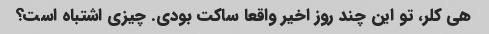
هی کلر، تو این چند روز اخیر واقعا ساکت بودی. چیزی اشتباه است؟